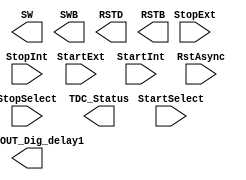

module DigitalCore_TDCLogic(
        
        //---------------------------------------------------------------------------
        //  Inputs
        //---------------------------------------------------------------------------
        StartExt,
        StartInt,
        StopExt,
        StopInt,

        StartSelect,
        StopSelect,

        RstAsync,
        //---------------------------------------------------------------------------        

        //---------------------------------------------------------------------------
        //  Current Mirror
        //---------------------------------------------------------------------------
	SW,
	SWB,
	
	RSTD,
	RSTB,
	
	TDC_Status, // This is somehow the sampled version of INIT_OUT at negedge of StopClk
	INIT_OUT_Dig_delay1 
	//INIT_OUT_Dig_delay2
        //---------------------------------------------------------------------------
    );

    //-----------------------------------------------------------------------------------
    //   I/O Wires
    //-----------------------------------------------------------------------------------
    input wire                                  RstAsync;
    input wire                                  StartSelect;
    input wire                                  StopSelect;            
    input wire                                  StartExt, StartInt;
    input wire                                  StopExt, StopInt;

    output wire                                 SW;
    output wire                                 SWB;
    output wire                                 RSTD;
    output wire                                 RSTB;
    output wire                                 TDC_Status;
    output wire                                 INIT_OUT_Dig_delay1; //INIT_OUT_Dig_delay2;

//    //-----------------------------------------------------------------------------------
//    //   Wires
//    //-----------------------------------------------------------------------------------
//    wire Start, Stop;
//    wire Start_gated, Stop_gated;
//    wire Flop_rst;
//    wire Start_reg, Start_regB;	
//    wire Stop_reg, Stop_regB, Stop_regBuff;	
//    wire INIT, INIT_OUT, Reset_reg;
//    wire Reset, RO_Reset;
//    wire ResetPulse;
//    wire RstBuff0,RstBuff1,RstBuff2,RstBuff3,RstBuff4,RstBuff5,RstBuff6,RstBuff7; 
//    wire RSTB_PreBuff;
//    wire INIT_OUT_Buff0, INIT_OUT_Buff1, INIT_OUT_Buff2, INIT_OUT_Buff3, INIT_OUT_Buff4, INIT_OUT_Buff5;
//    wire StopFlop_rst;
//    wire Stop_del, Stop_buff;

//    //-----------------------------------------------------------------------------------
//    //    Config Scan Chain
//    //-----------------------------------------------------------------------------------
//	MUX2LVTD2	StartMux_DT	(.I0(StartExt), .I1(StartInt), .S(StartSelect), .Z(Start));
//	MUX2LVTD2	StopMux_DT	(.I0(StopExt), .I1(StopInt), .S(StopSelect), .Z(Stop));

//	//AN2LVTD1	StartGate_DT	(.A1(Start),.A2(1'b1),.Z(Start_gated));
//	DFCNLVTD1	StartFlop_DT	(.D(1'b1), .CP(Start), .CDN(Flop_rst), .Q(Start_reg), .QN(Start_regB));

//	AN2LVTD1	StopFlopRst_DT	(.A1(Flop_rst),.A2(Start_reg),.Z(StopFlop_rst));
//	DFCNLVTD1	StopFlop_DT	(.D(1'b1), .CP(Stop), .CDN(StopFlop_rst), .Q(Stop_reg), .QN(Stop_regB));

//	BUFFLVTD2	StopFlopBuff_DT	(.I(Stop_reg),.Z(Stop_regBuff));

//	DFNCNLVTD1	ResetFlop_DT	(.D(1'b1), .CPN(INIT_OUT), .CDN(Flop_rst), .Q(Reset_reg), .QN());
//	//IND2LVTD2	DummyIND_DT	(.A1(Stop_reg),.B1(1'b0),.ZN());

//	NR2LVTD2 	INITGen_DT 	(.A1(Start_regB), .A2(Stop_regBuff), .ZN(INIT));
//	BUFFLVTD4 	INITGenBuff_DT 	(.I(INIT),.Z(INIT_OUT));

//	//DFCNLVTD1	TDCStatus_DT	(.D(INIT_OUT_Dig_delay1), .CP(Stop), .CDN(~RstAsync), .Q(TDC_Status), .QN());
//	BUFFLVTD2	TDCStatusStopBuff_DT	(.I(Stop),.Z(Stop_buff));
//    assign Stop_del = Stop_buff;
//	//DELLVT015	TDCStatusStopDel_DT	(.I(Stop_buff),.Z(Stop_del));
//	DFCNLVTD1	TDCStatus_DT		(.D(INIT_OUT), .CP(Stop_del), .CDN(~RstAsync), .Q(TDC_Status), .QN());
//    //-----------------------------------------------------------------------------------
    
//	NR2LVTD2	ResetGen_DT	(.A1(RstAsync),.A2(ResetPulse),.ZN(Flop_rst));

//	IND2LVTD2	ResetIND_DT	(.A1(Reset_reg),.B1(Start_reg),.ZN(Reset));

//	BUFFLVTD2	ResetBuff_DT	(.I(Reset),.Z(RO_Reset));

//	INVLVTD0	RstBuff0_DT		(.I(Reset),.ZN(RstBuff0));
//    assign #(0.5) RstBuff1 = RstBuff0;
//	//DELLVT0		RstBuff1_DT		(.I(RstBuff0),.Z(RstBuff1));


//	AN2LVTD1	ResetPulseGen_DT	(.A1(Reset),.A2(RstBuff1),.Z(ResetPulse));

//	IND2LVTD4	RSTD_Gen_DT		(.A1(RO_Reset), .B1(1'b1),.ZN(RSTD)); //sized up from 2x to 4x
//	IND2LVTD2	RSTB_Gen_DT		(.A1(1'b0), .B1(RO_Reset),.ZN(RSTB_PreBuff));
//	BUFFLVTD4	RSTB_GenBuff_DT		(.I(RSTB_PreBuff), .Z(RSTB)); //sized up from 2x to 4x


//	BUFFLVTD1	SWBBuff0_DT		(.I(INIT_OUT), .Z(INIT_OUT_Buff0));
//	BUFFLVTD2	SWBBuff1_DT		(.I(INIT_OUT_Buff0), .Z(INIT_OUT_Buff1));
//	IND2LVTD4	SWBIND_DT		(.A1(1'b0), .B1(INIT_OUT_Buff1), .ZN(SWB)); //sized up from 2x to 4x

//	BUFFLVTD2	SWBuff0_DT		(.I(INIT_OUT), .Z(INIT_OUT_Buff2));
//	AN2LVTD4	SWAND_DT		(.A1(1'b1), .A2(INIT_OUT_Buff2), .Z(SW)); //sized up from 2x to 4x

//	AN2LVTD2	INITOUTAND_DT		(.A1(1'b1), .A2(INIT_OUT_Buff2), .Z(INIT_OUT_Buff3));
//      	BUFFLVTD2	INITOUTBuff0_DT		(.I(INIT_OUT_Buff3), .Z(INIT_OUT_Buff4));
//      	BUFFLVTD2	INITOUTBuff1_DT		(.I(INIT_OUT_Buff4), .Z(INIT_OUT_Buff5));		
//      	BUFFLVTD8	INITOUTBuff2_DT		(.I(INIT_OUT_Buff5), .Z(INIT_OUT_Dig_delay1));	


endmodule